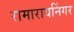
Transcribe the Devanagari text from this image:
रामारायनिंगर